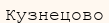
Кузнецово